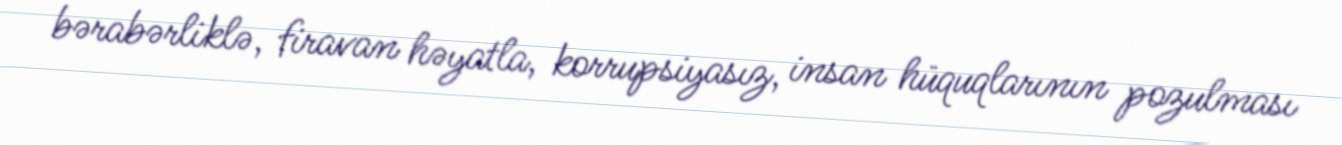
bərabərliklə, firavan həyatla, korrupsiyasız, insan hüquqlarının pozulması